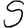
Digit: 5